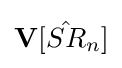
\mathbf {V} [{\hat {SR}}_{n}]